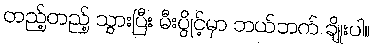
တည့်တည့် သွားပြီး မီးပွိုင့်မှာ ဘယ်ဘက် ချိုးပါ။